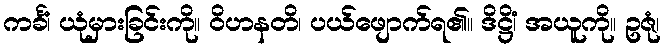
ကင်္ခံ၊ ယုံမှားခြင်းကို။ ဝိဟနတိ၊ ပယ်ဖျောက်ရ၏။ ဒိဋ္ဌိံ၊ အယူကို။ ဥဇုံ၊